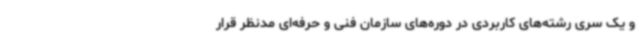
و یک سری رشته‌های کاربردی در دوره‌های سازمان فنی و حرفه‌ای مدنظر قرار